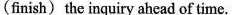
(finish) the inquiry ahead of time.